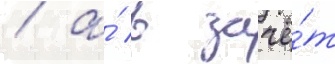
/ а́ в зачё́т